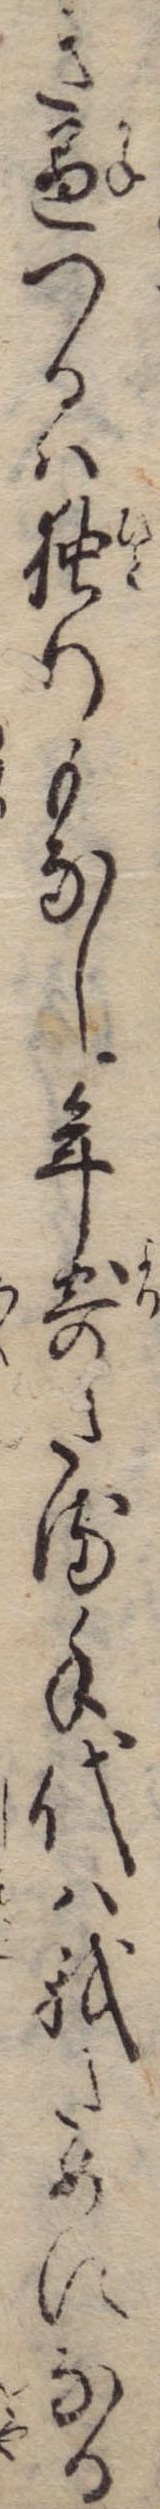
き兼つるは独りもなし年寄たる手代は我ためになる